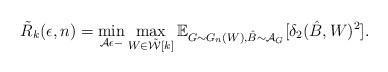
LaTeX: \begin{align*}\tilde{R}_k(\epsilon,n)=\min_{\mathcal{A} \epsilon- } \max_{ W \in \tilde{\mathcal{W}}[k]} \mathbb{E}_{ G \sim G_n( W), \hat{B} \sim \mathcal{A}_G} [ \delta_2(\hat{B},W)^2].\end{align*}